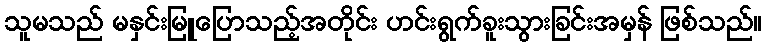
သူမသည် မနှင်းမြူပြောသည့်အတိုင်း ဟင်းရွက်ခူးသွားခြင်းအမှန် ဖြစ်သည်။